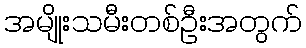
အမျိုးသမီးတစ်ဦးအတွက်